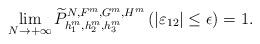
LaTeX: \begin{align*}\lim_{N\rightarrow+\infty}\widetilde{P}_{h_1^m, h_2^m, h_3^m}^{N, F^m, G^m, H^m}\left(|\varepsilon_{12}|\leq \epsilon\right)=1.\end{align*}